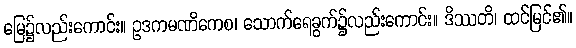
မြေ၌လည်းကောင်း။ ဥဒကမဏိကေစ၊ သောက်ရေခွက်၌လည်းကောင်း။ ဒိဿတိ၊ ထင်မြင်၏။